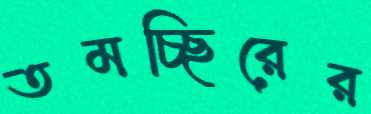
তমচ্ছিরের